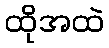
ထိုအထဲ